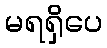
မရရှိပေ